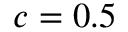
c = 0 . 5